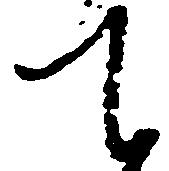
て